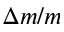
\Delta m / m